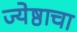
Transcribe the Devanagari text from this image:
ज्येष्ठाचा